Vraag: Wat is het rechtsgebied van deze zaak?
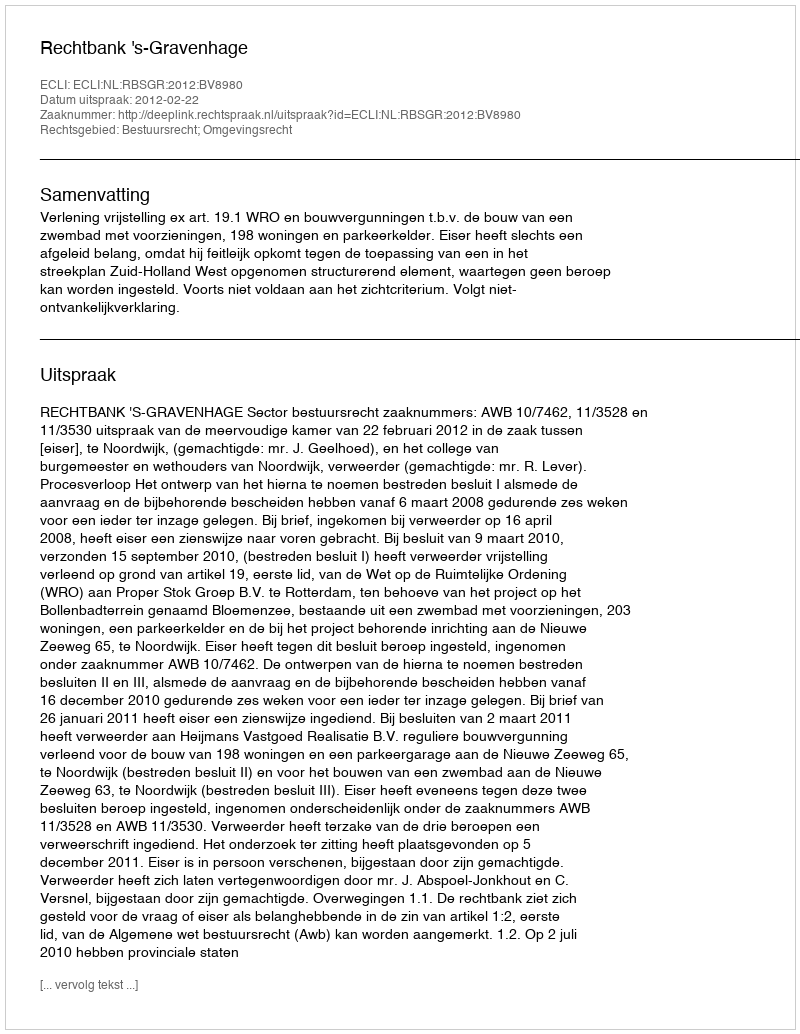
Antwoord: Bestuursrecht; Omgevingsrecht